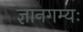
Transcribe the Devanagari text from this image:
ज्ञानगम्यः